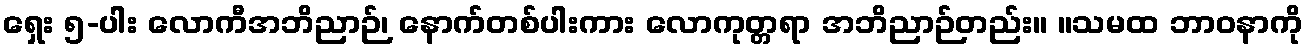
ရှေး ၅-ပါး လောကီအဘိညာဉ်၊ နောက်တစ်ပါးကား လောကုတ္တရာ အဘိညာဉ်တည်း။ ။သမထ ဘာဝနာကို